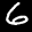
Label: 6